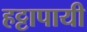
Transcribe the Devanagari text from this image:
हट्टापायी